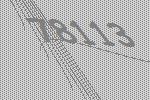
78113